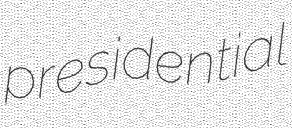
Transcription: presidential